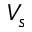
V _ { s }